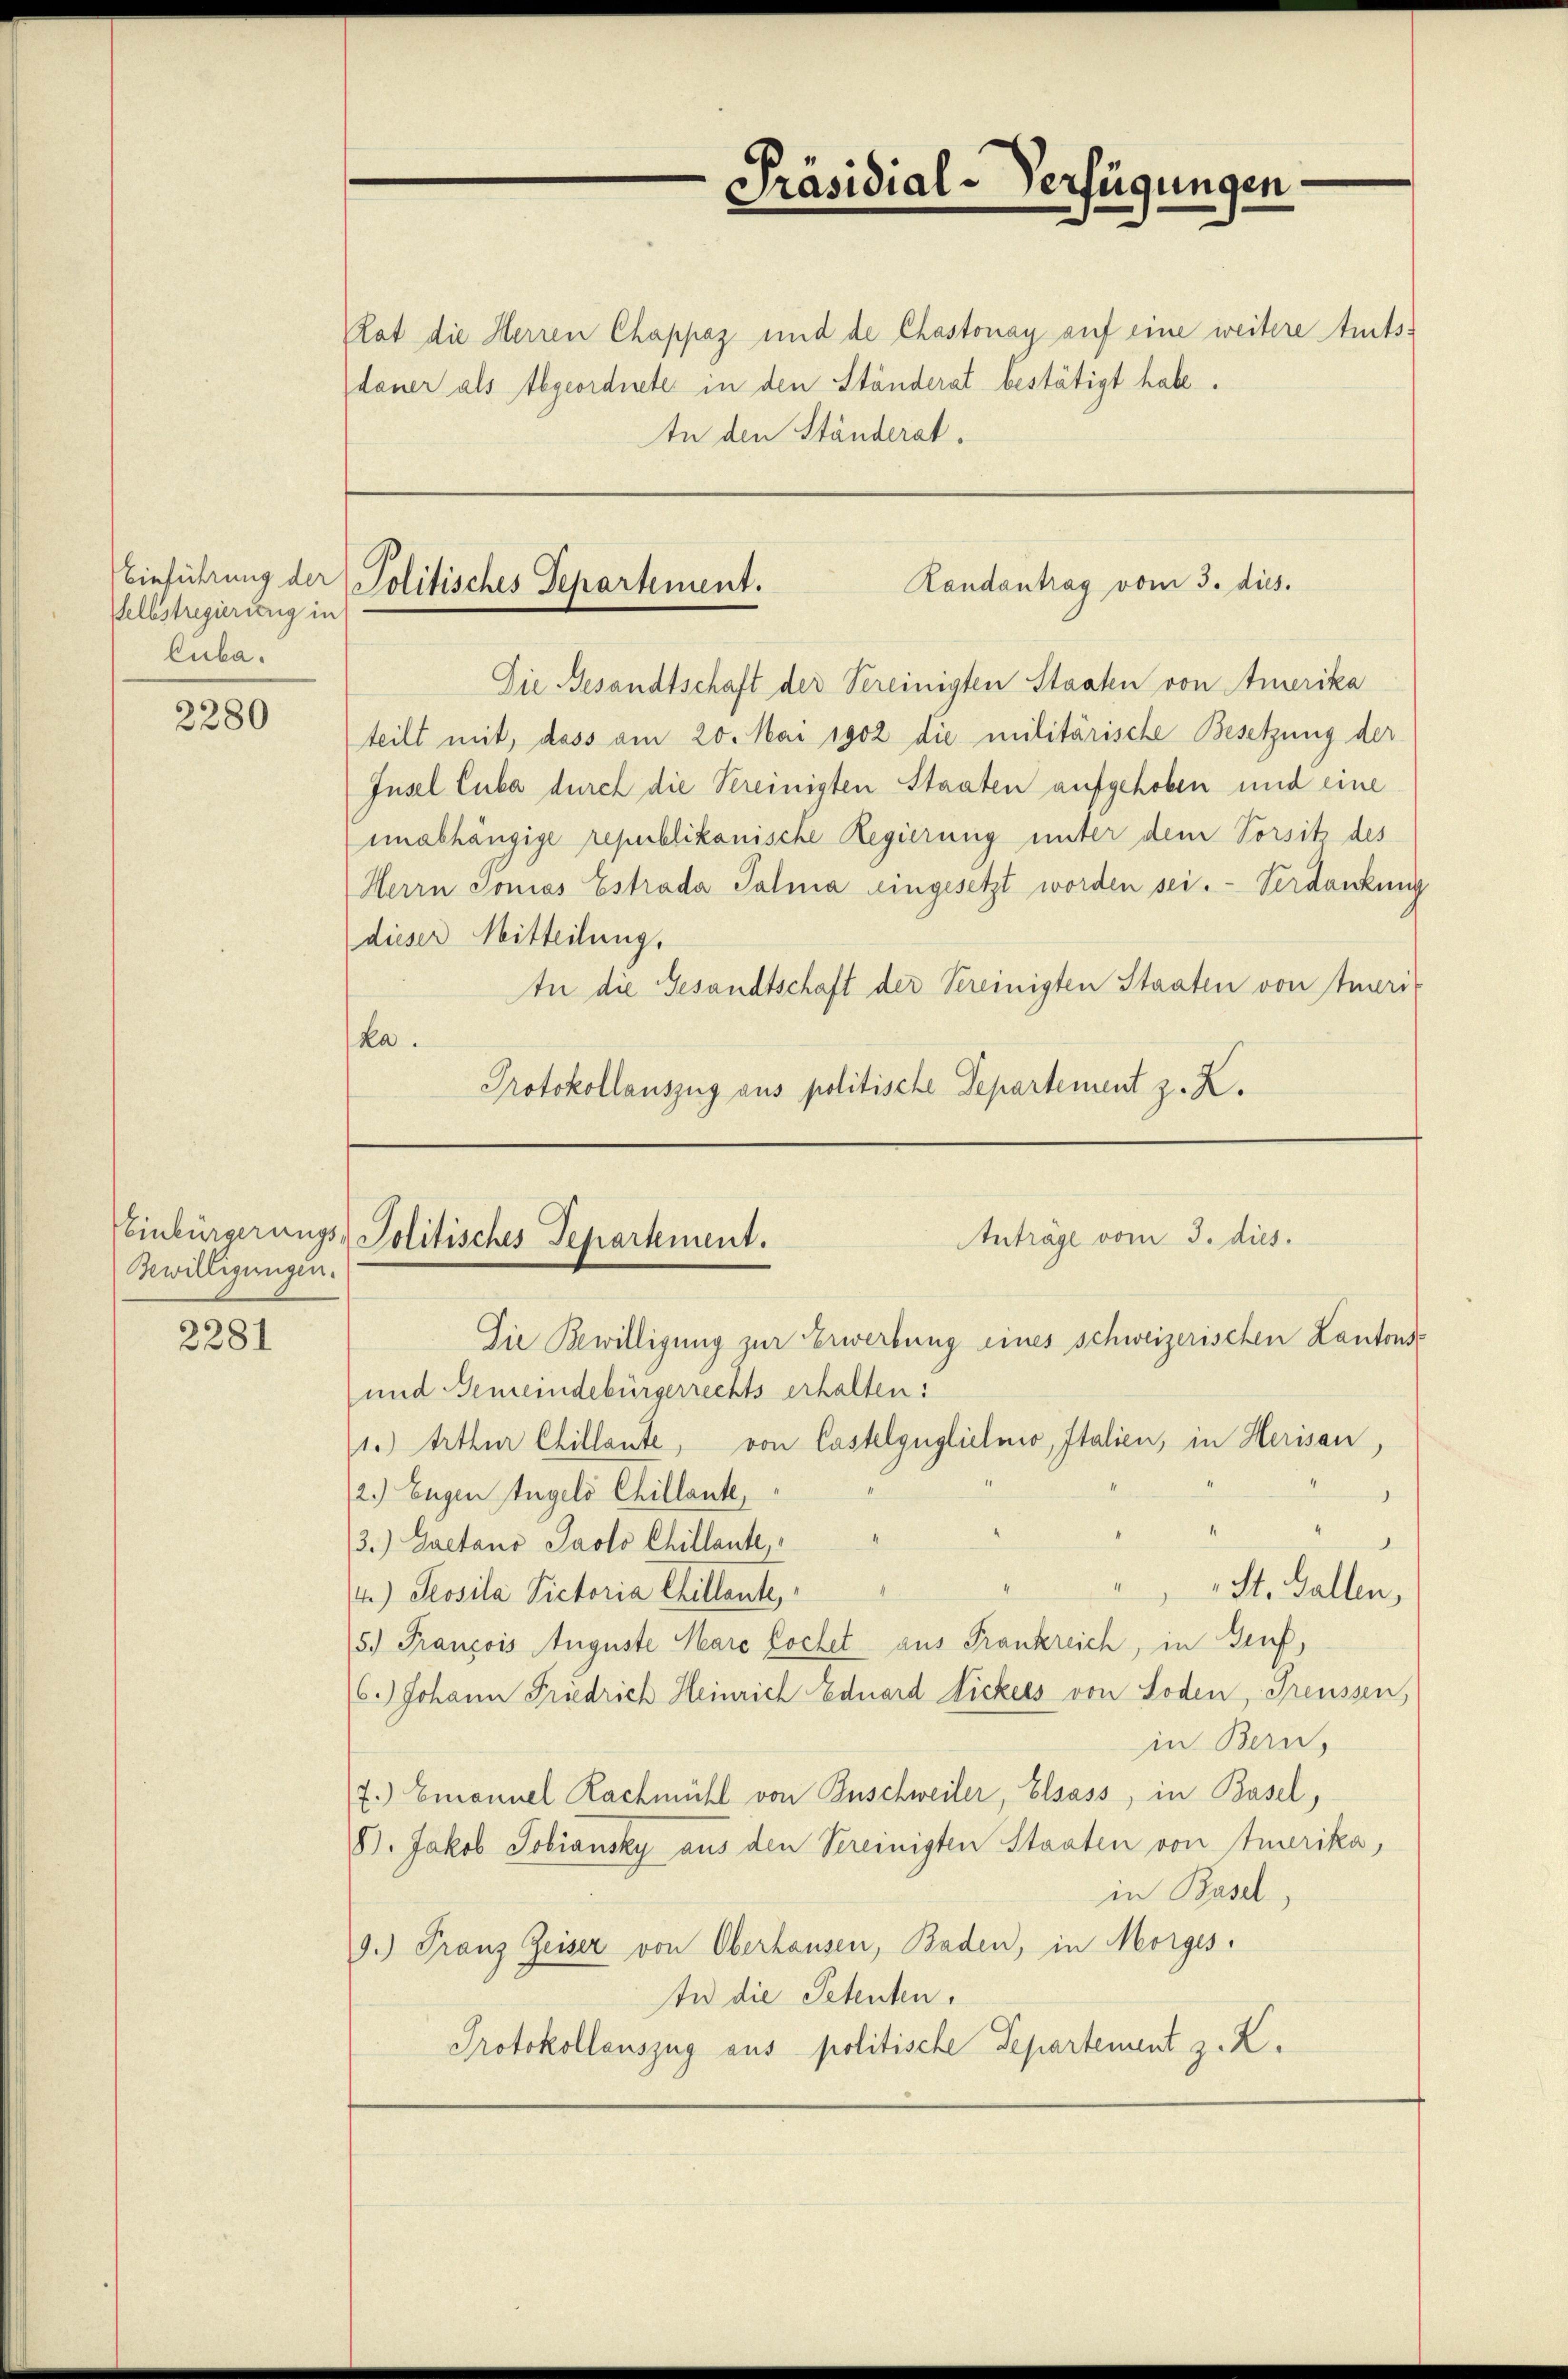
Selbstregierung in
Cuba.

2280

Bewilligungen.

2281

Rat die Herren Chappaz und de Chastonay auf eine weitere trats-
dauer als Abgeordnete in den Ständerat bestätigt habe.
In den Ständerat.

Die Besandtschaft der Vereinigten Staaten von Amerika
teilt mit, dass am 20. Mai 1902 die militärische Besetzung der
Jusel Cuba durch die Vereinigten Staaten aufgehoben und eine
unabhängige republikanische Regierung unter dem Vorsitz des
Herrn Tonias Estrada Palma eingesetzt worden sei. - Verdankung
dieser Mitteilung,
In die Gesandtschaft der Vereinigten Staaten von Ameri
ka.
Protokollauszug aus politische Departement z. Z.

1.) Arthur Chillante, von Castelgüglichnio, Italien, in Herisau,
2.) Eugen Angels Chillante,
1
3.) Gaetano Jaolo Chillante,
St. Gallen,
4.) Peosila Victoria Chillante,
5.) François Auguste Mare Lochet aus Frankreich, in Genf,
6.) Johann Friedrich Heinrich Eduard Nickes von Toden, Freussen,
in Bern,
7. Emanuel Rachmühl von Inschweiler, Elsass, in Basel,
8. Jakob Tobiansky aus den Vereinigten Staaten von fuerika,
in Basel,
9.) Franz Zeiser von Oberhausen, Baden, in Morges.
In die Petenten,
Protokollauszug aus politische Departement z. Z.

Präsidial-Verfügungen

Einführung der Politisches Departement.
Randantrag vom 3. dies.

Veinbürgerungs-Politisches Separtement.
Anträge vom 3. dies.
Die Bewilligung zur Erwerbung eines schweizerischen Kantonse
und Gemeindebürgerrechts erhalten: